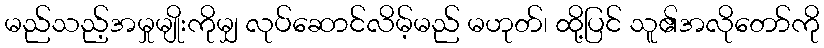
မည်သည့်အမှုမျိုးကိုမျှ လုပ်ဆောင်လိမ့်မည် မဟုတ်၊ ထို့ပြင် သူ၏အလိုတော်ကို